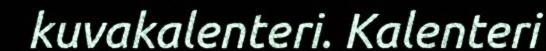
kuvakalenteri. Kalenteri